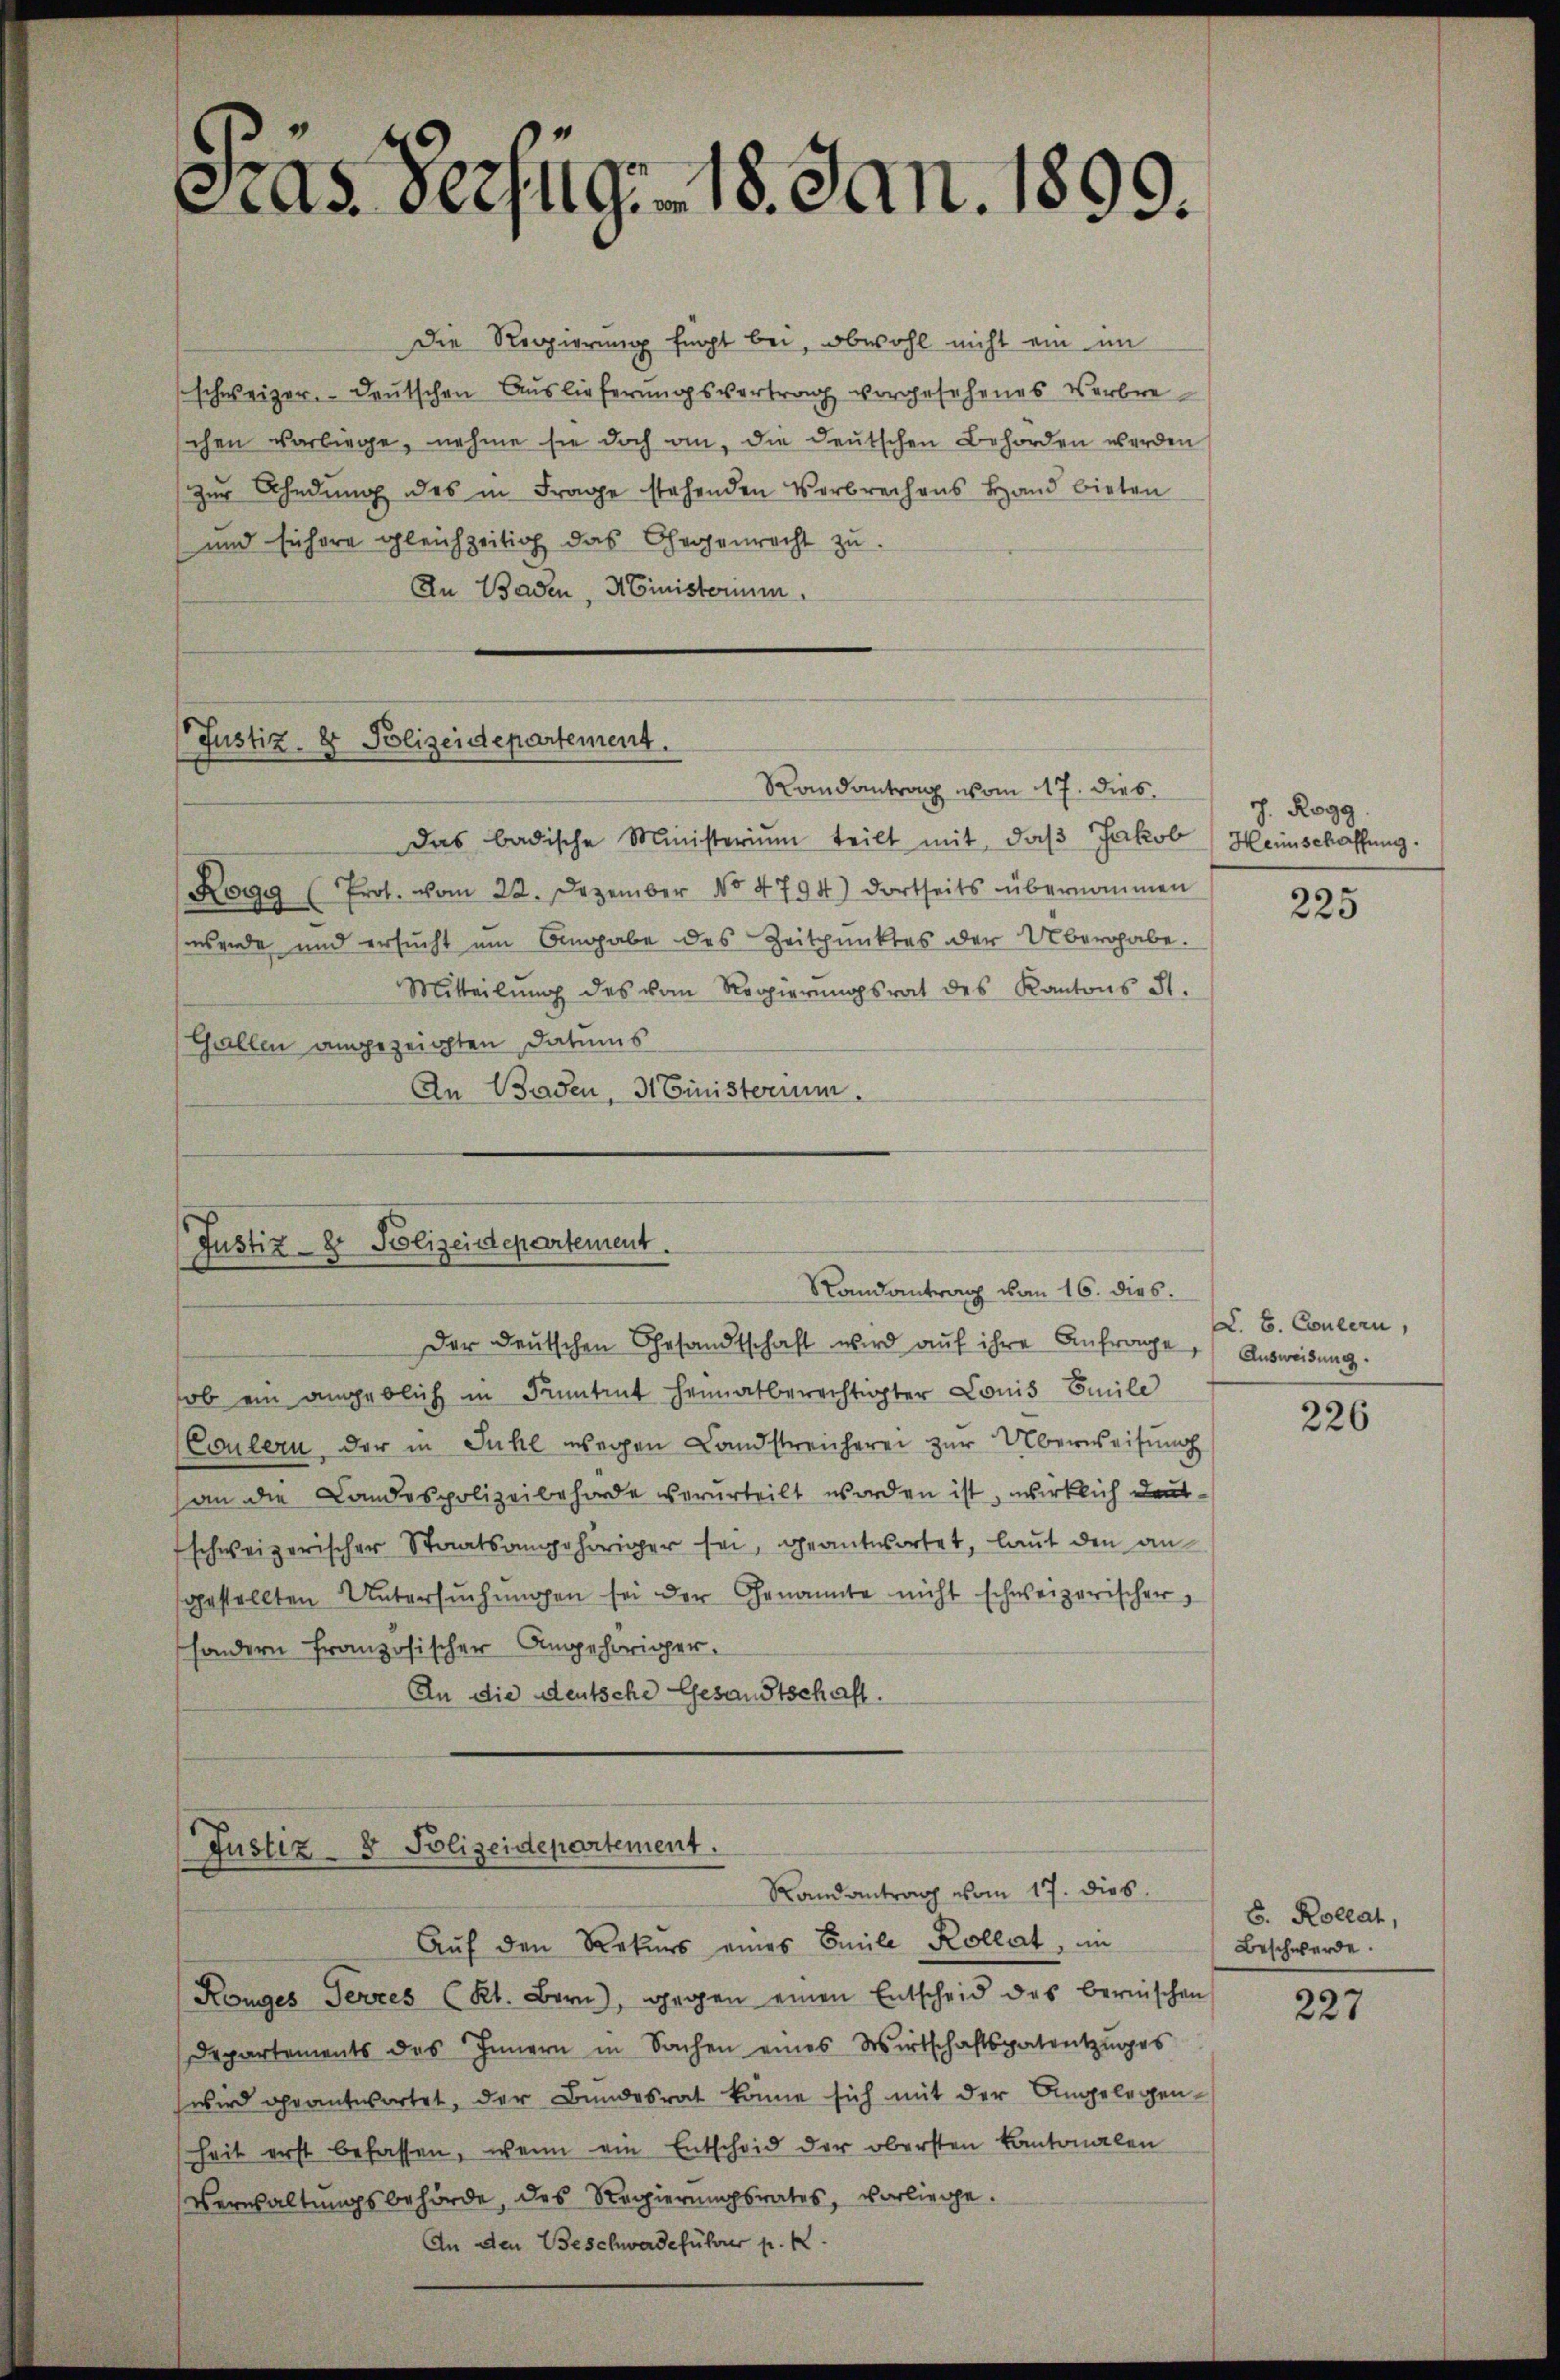
as derfug. 18. Jan. 1899.

Die Regierung fügt bei, obwohl nicht ein im
schweizer. Deutschen Auslieferungsvertrag vorgesehenes Verbreschen vorliege, nahme sie doch an, die deutschen Behörden werden
zur Ahndung des in Frage stehenden Verbrechens Hand bieten
und sichere gleichzeitig das Gegenrecht zu
In Baden, Ministerium,

(Justiz- & Polizeidepartement.
Randantrag vom 17. dies

das badische Ministerium teilt mit, daβ Jakob Heinschaffung.
Kogg (Prot. vom 22. Dezember No 4794) dortseits übernommen
wende und ersucht um Angabe des Zeitpunktes der Übergabe.
Mitteilŭng des vom Regierŭngsrat des Kantons St.
Gallen angezeichten Datums
An Baden, 3 Einisterium.

Justiz- & Polizeidepartement.
Randantrag vom 16. dies.
Der deutschen Gesandtschaft wird auf ihre Anfrage, Ausweisung.

Justiz- & Polizeidepartement.
Randantrag vom 17. dies.

J. Rogg

ob ein angeblich in Funtent heimatberechtigter Louis Emile
(Coulern, der in Juhl wegen Landstreicherei zur Überweisung
an die Landespolizeibehörde verurteilt worden ist, wirklich deutschweizerischer Staatsangehöriger sei, geantwortet, laut den angestellten Untersŭchŭngen sei der Genannte nicht schweizerischer
sondern französischer Angehöriger.
An die deutsche Gesandtschaft.

Auf den Rekurs eines Emile Kollat, im
Konges Terzes (Kt. Bern), gegen einen Entscheid des bernischen
Departements des Innern in Sachen eines Wirtschaftspatentzŭges
wird geantwortet, der Bundesrat könne sich mit der Angelegen-
heit erst befassen, wenn ein Entscheid der obersten Kantonalen
Verwaltungsbehörde, des Regierungsrates, vorliege.
An den Beschwerdeführer p. k.

225

V. B. Concern,

226

b. Rollat,
Beschwerde.

227